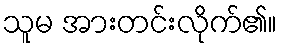
သူမ အားတင်းလိုက်၏။